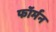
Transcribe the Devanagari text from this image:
फॉर्मन